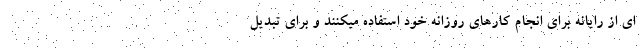
ای از رایانه برای انجام کارهای روزانه خود استفاده میکنند و برای تبدیل